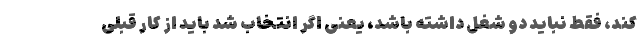
کند، فقط نباید دو شغل داشته باشد، یعنی اگر انتخاب شد باید از کار قبلی